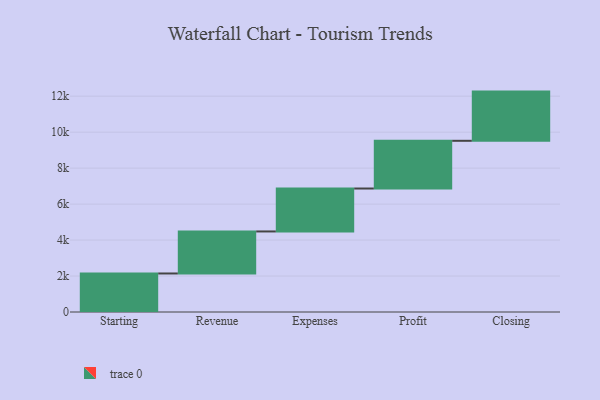
{"axis": {"x": "Step", "y": "Value"}, "legend": [""], "data": [{"x": "Starting", "y": 2142.0, "type": ""}, {"x": "Revenue", "y": 2337.0, "type": ""}, {"x": "Expenses", "y": 2388.0, "type": ""}, {"x": "Profit", "y": 2653.0, "type": ""}, {"x": "Closing", "y": 2736.0, "type": ""}]}